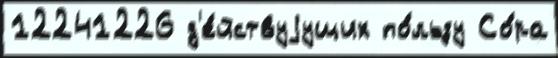
12241226 д'е́йствуjущих по́льзу Со́ра